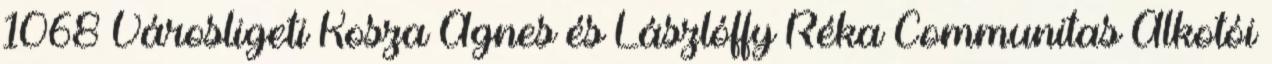
1068 Városligeti Kosza Ágnes és Lászlóffy Réka Communitas Alkotói